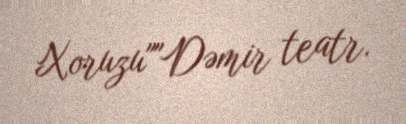
Xoruzu""Dəmir teatr.